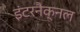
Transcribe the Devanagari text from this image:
इंटरनैक्नल